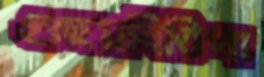
গুছয়বিত্তিপা